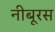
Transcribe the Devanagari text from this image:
नीबूरस